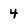
Character: 4